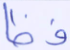
فظا